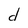
Character: d